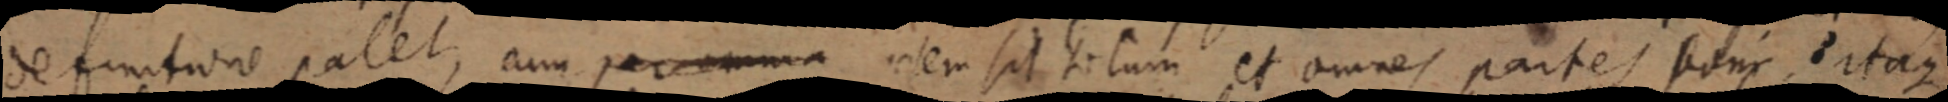
definitione patet, cum per omnia idem sit totum et omnes partes boni itaque